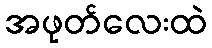
အဖုတ်လေးထဲ